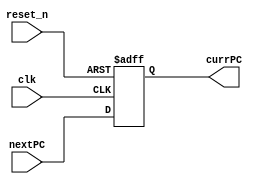
`timescale 1ns / 1ps
//////////////////////////////////////////////////////////////////////////////////
// Company: 
// Engineer: 
// 
// Design Name: 
// Module Name: PC
// Project Name: 
// Target Devices: 
// Tool Versions: 
// Description: 
// 
// Dependencies: 
// 
// Revision:
// Revision 0.01 - File Created
// Additional Comments:
// 
//////////////////////////////////////////////////////////////////////////////////


module PC(
    input clk,
    input reset_n,
    input [19:0] nextPC,
    output reg [19:0] currPC
    );
    
    always @ (posedge clk or negedge reset_n) begin
        if (!reset_n) begin
            currPC <= 0;
        end
        else begin
            currPC <= nextPC;
        end
    end
    
endmodule